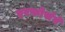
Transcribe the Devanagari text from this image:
एरफोर्सने